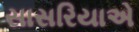
સાસરિયાએ